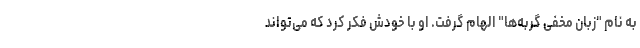
به نام "زبان مخفی گربه‌ها" الهام گرفت. او با خودش فکر کرد که می‌تواند